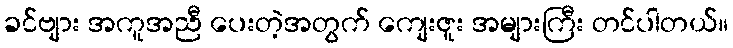
ခင်ဗျား အကူအညီ ပေးတဲ့အတွက် ကျေးဇူး အများကြီး တင်ပါတယ်။